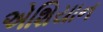
એશિયાન